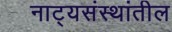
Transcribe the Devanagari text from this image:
नाट्यसंस्थांतील